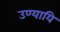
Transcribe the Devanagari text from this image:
उण्यायि